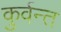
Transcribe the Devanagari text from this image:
कुर्वन्त